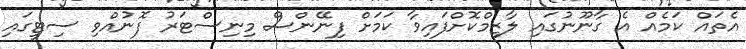
އެތައް ކަމެއް އެ ގާނޫނުގައި ލާޒިމްކޮށްފައިވާ ކަމަށް ފިނޭންސް މިނިސްޓަރު ފޮނުއްވި ސިޓީގައި